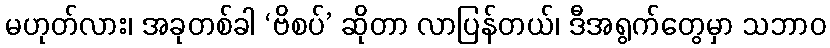
မဟုတ်လား၊ အခုတစ်ခါ ‘ဗိစပ်’ ဆိုတာ လာပြန်တယ်၊ ဒီအရွက်တွေမှာ သဘာဝ